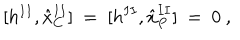
LaTeX: \lbrack h ^ { I I } , { \hat { x } } _ { C } ^ { I I } ] \ = \ [ h ^ { I I } , { \hat { x } } _ { P } ^ { I I } ] \ = \ 0 \ ,